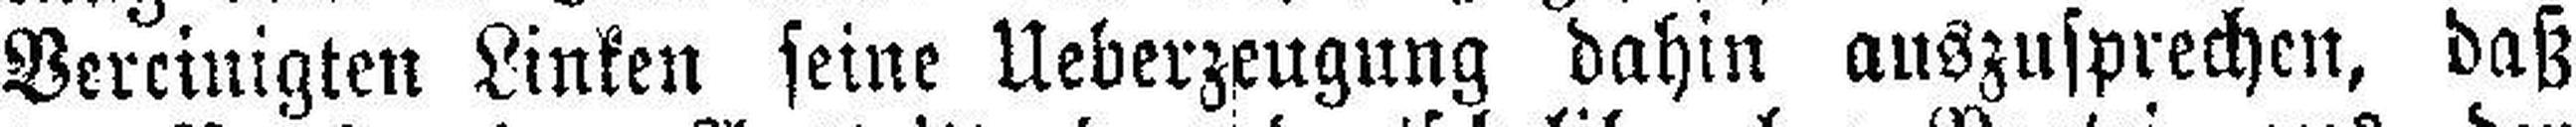
Vereinigten Linken seine Ueberzeugung dahin auszusprechen, daß